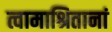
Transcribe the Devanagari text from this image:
त्वामाश्रितानां